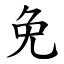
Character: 免